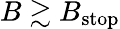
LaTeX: B\gtrsim B_{\mathrm{stop}}